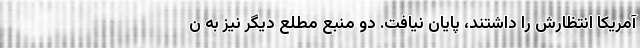
آمریکا انتظارش را داشتند، پایان نیافت. دو منبع مطلع دیگر نیز به ن